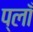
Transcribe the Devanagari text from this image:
प्लाँ